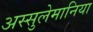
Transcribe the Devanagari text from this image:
अस्सुलेमानिया